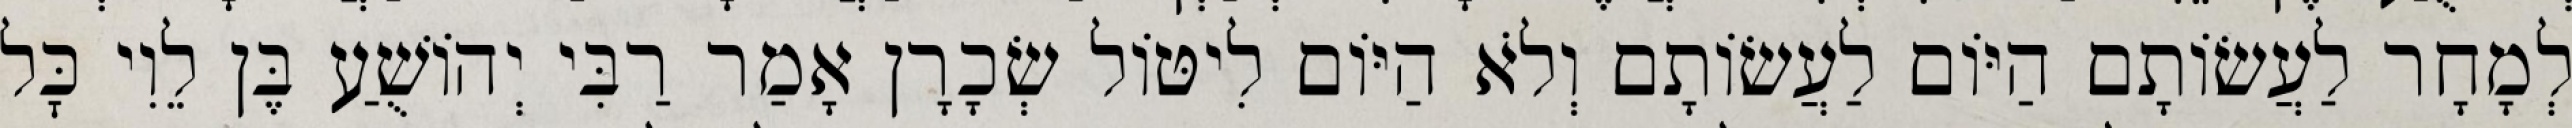
לְמָחָר לַעֲשׂוֹתָם הַיּוֹם לַעֲשׂוֹתָם וְלֹא הַיּוֹם לִיטּוֹל שְׂכָרָן אָמַר רַבִּי יְהוֹשֻׁעַ בֶּן לֵוִי כׇּל